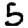
Digit: 5